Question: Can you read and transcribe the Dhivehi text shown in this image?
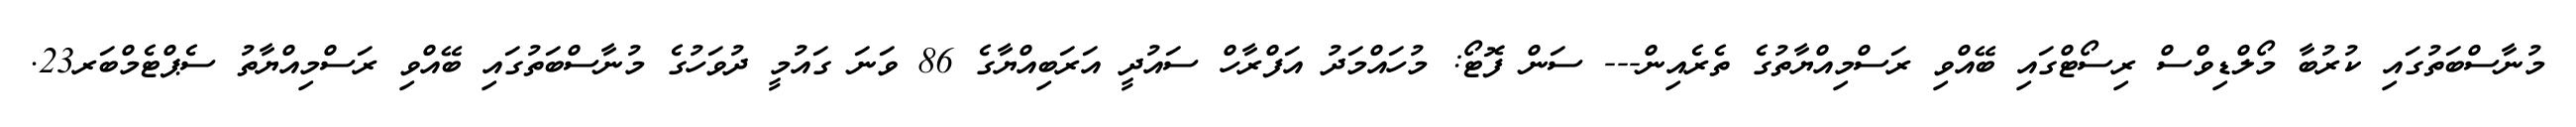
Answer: މުނާސްބަތުގައި ކުރުބާ މޯލްޑިވްސް ރިސޯޓްގައި ބޭއްވި ރަސްމިއްޔާތުގެ ތެރެއިން--- ސަން ފޮޓޯ: މުހައްމަދު އަފްރާހް ސައުދީ އަރަބިއްޔާގެ 86 ވަނަ ގައުމީ ދުވަހުގެ މުނާސްބަތުގައި ބޭއްވި ރަސްމިއްޔާތު ސެޕްޓެމްބަރ23.